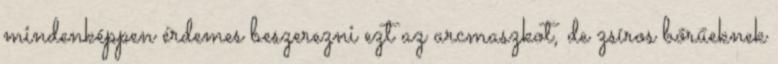
mindenképpen érdemes beszerezni ezt az arcmaszkot, de zsíros bőrűeknek